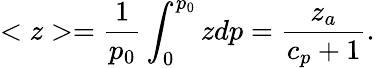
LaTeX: <z>={\frac{1}{p_{0}}}\int_{0}^{p_{0}}zdp={\frac{z_{a}}{c_{p}+1}}.